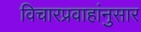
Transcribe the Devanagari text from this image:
विचारप्रवाहांनुसार